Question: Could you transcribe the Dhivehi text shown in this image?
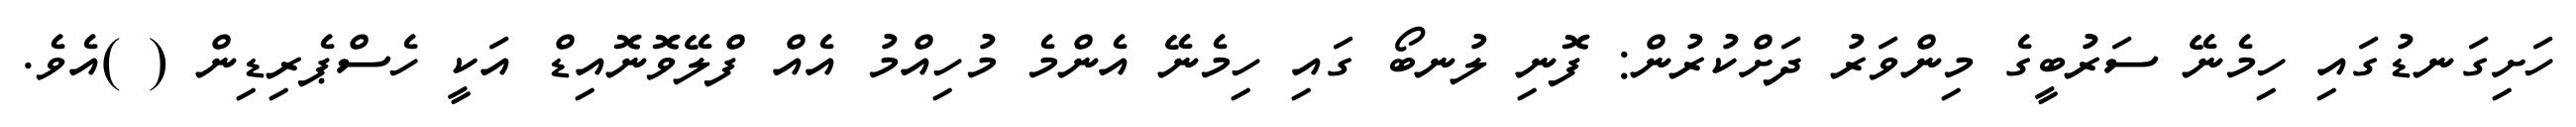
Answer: ހަށިގަނޑުގައި ހިމެނޭ ސަރުބީގެ މިންވަރު ދަށްކުރުން: ފޮނި ލުނބޯ ގައި ހިމެނޭ އެންމެ މުހިއްމު އެއް ފްލޭވޮނޮއިޑް އަކީ ހެސްޕެރިޑިން ( )އެވެ.